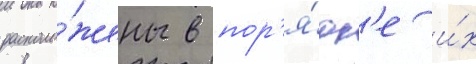
располо́жены в пор'я́дк'е и́х